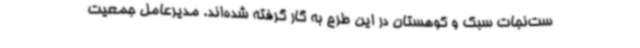
ست‌نجات سبک‌ و کوهستان در این طرح به گار گرفته شده‌اند. مدیرعامل جمعیت